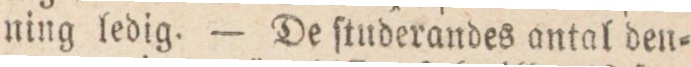
ning ledig. — De ſtuderandes antal den=